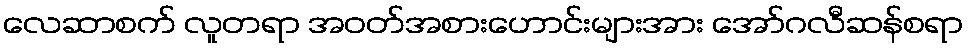
လေဆာစက် လူတရာ အဝတ်အစားဟောင်းများအား အော်ဂလီဆန်စရာ